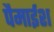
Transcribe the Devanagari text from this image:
पैमाईश